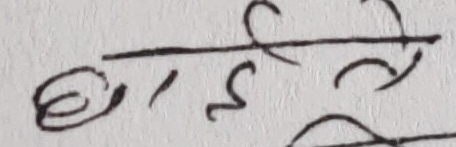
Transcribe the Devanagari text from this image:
घीले